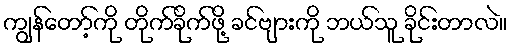
ကျွန်တော့်ကို တိုက်ခိုက်ဖို့ ခင်ဗျားကို ဘယ်သူ ခိုင်းတာလဲ။